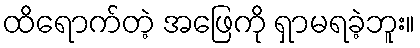
ထိရောက်တဲ့ အဖြေကို ရှာမရခဲ့ဘူး။